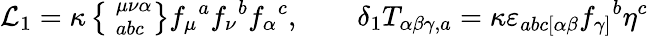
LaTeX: {\cal L}_{1}=\kappa\left\{ \phantom{|}_{abc}^{\mu\nu\alpha}\right\} f_{\mu}{}^{a}f_{\nu}{}^{b}f_{\alpha}{}^{c},\qquad\delta_{1}T_{\alpha\beta\gamma,a}=\kappa\varepsilon_{abc[\alpha\beta}f_{\gamma]}{}^{b}\eta^{c}